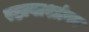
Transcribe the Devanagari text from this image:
रहावाशांना